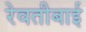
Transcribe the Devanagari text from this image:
रेवतीबाई